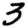
Digit: 3